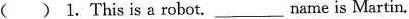
( ) 1. This is a robot. ___ name is Martin.